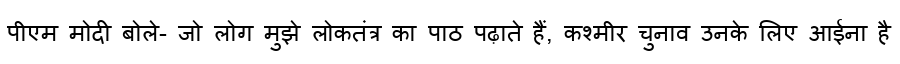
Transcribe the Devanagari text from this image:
पीएम मोदी बोले- जो लोग मुझे लोकतंत्र का पाठ पढ़ाते हैं, कश्मीर चुनाव उनके लिए आईना है